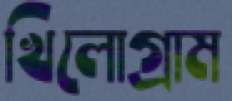
খিলোগ্রাম